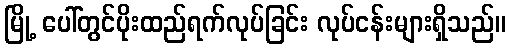
မြို့ ပေါ်တွင်ပိုးထည်ရက်လုပ်ခြင်း လုပ်ငန်းများရှိသည်။